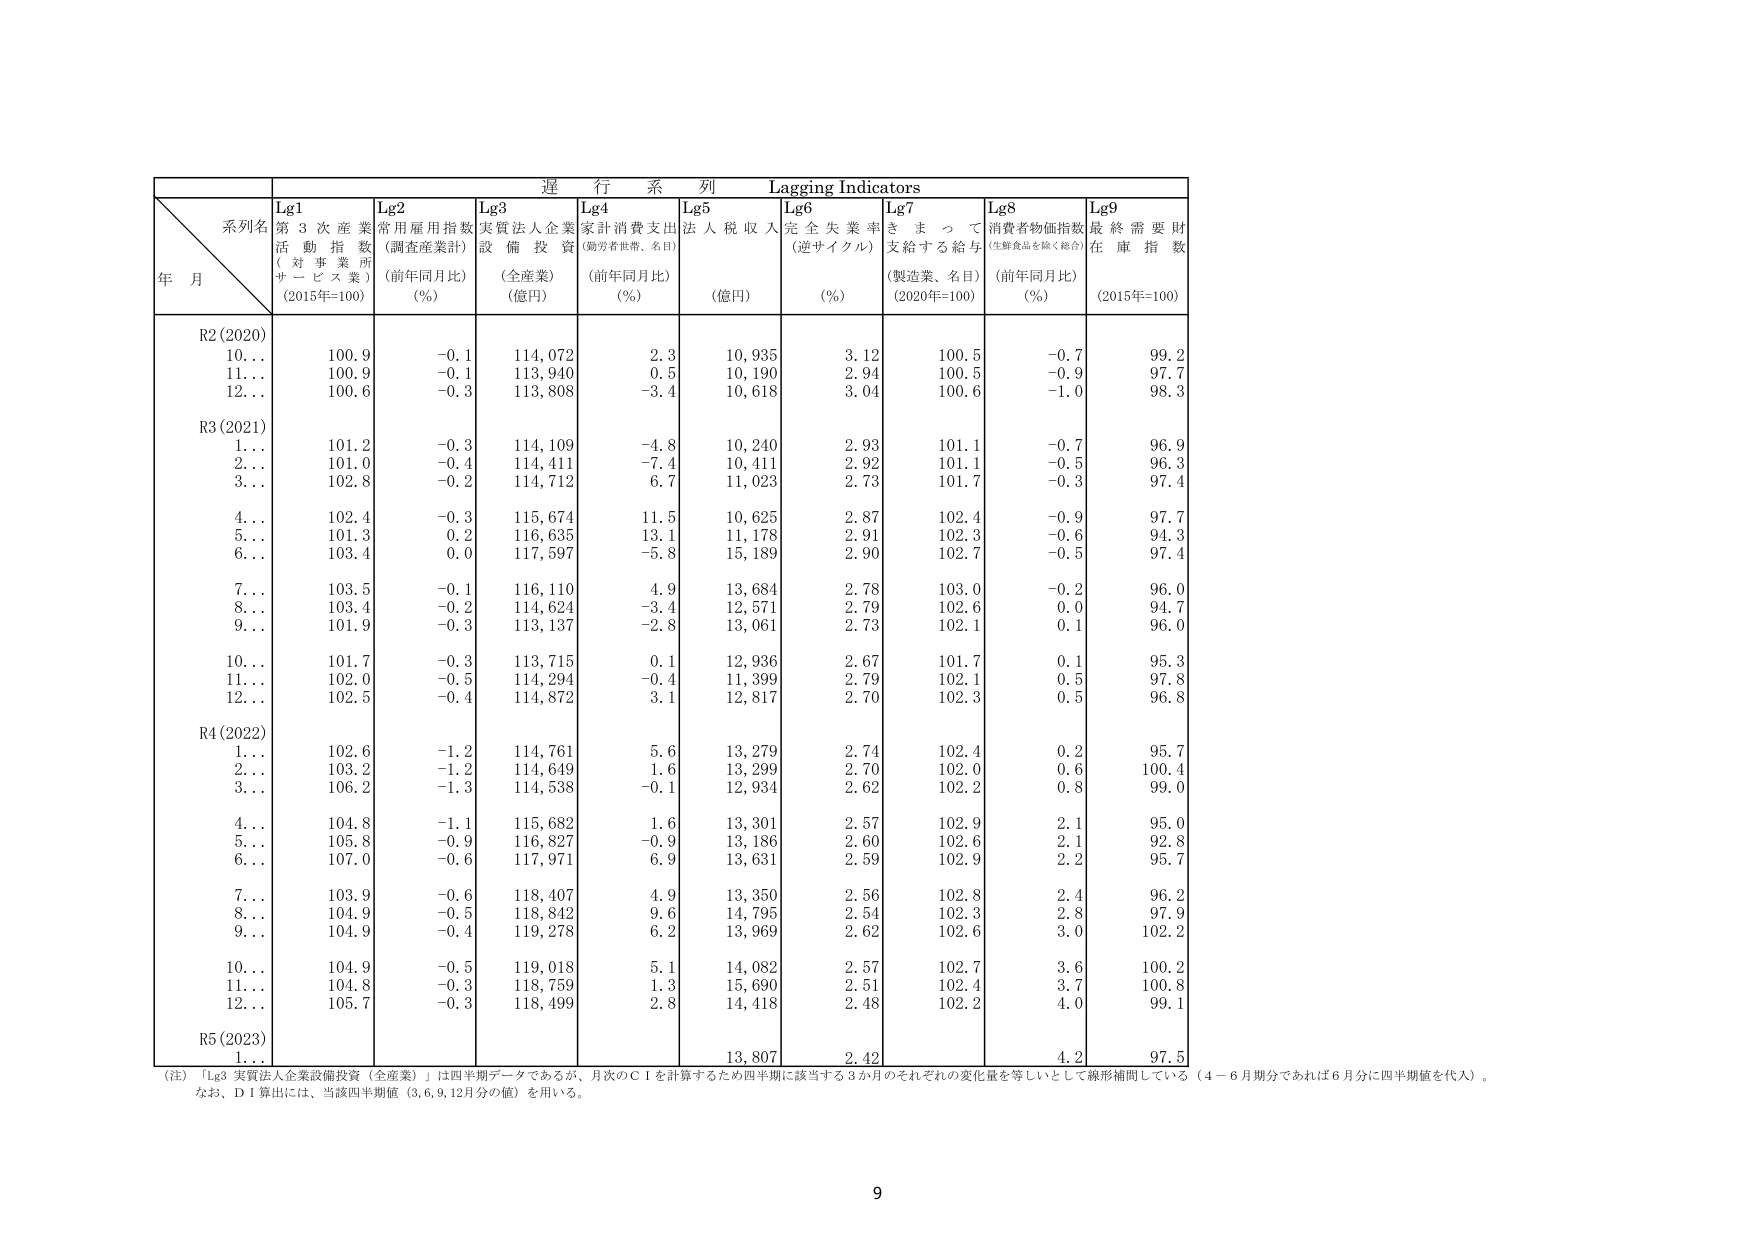
遅行系列 Lagging Indicators
系列名
年月
Lg1 第3次産業活動指数（対事業所サービス業）(2015年=100)
Lg2 常用雇用指数（調査産業計）（前年同月比）(%)
Lg3 実質法人企業設備投資（全産業）(億円)
Lg4 家計消費支出（勤労者世帯、名目）（前年同月比）(%)
Lg5 法人税収入(億円)
Lg6 完全失業率（逆サイクル）(%)
Lg7 きまって支給する給与（製造業、名目）(2020年=100)
Lg8 消費者物価指数（生鮮食品を除く総合）（前年同月比）(%)
Lg9 最終需要財在庫指数(2015年=100)

R2(2020)
10… 100.9 -0.1 114,072 2.3 10,935 3.12 100.5 -0.7 99.2
11… 100.9 -0.1 113,940 0.5 10,190 2.94 100.5 -0.9 97.7
12… 100.6 -0.3 113,808 -3.4 10,618 3.04 100.6 -1.0 98.3

R3(2021)
1… 101.2 -0.3 114,109 -4.8 10,240 2.93 101.1 -0.7 96.9
2… 101.0 -0.4 114,411 -7.4 10,411 2.92 101.1 -0.5 96.3
3… 102.8 -0.2 114,712 6.7 11,023 2.73 101.7 -0.3 97.4
4… 102.4 -0.3 115,674 11.5 10,625 2.87 102.4 -0.9 97.7
5… 101.3 0.2 116,635 13.1 11,178 2.91 102.3 -0.6 94.3
6… 103.4 0.0 117,597 -5.8 15,189 2.90 102.7 -0.5 97.4
7… 103.5 -0.1 116,110 4.9 13,684 2.78 103.0 -0.2 96.0
8… 103.4 -0.2 114,624 -3.4 12,571 2.79 102.6 0.0 94.7
9… 101.9 -0.3 113,137 -2.8 13,061 2.73 102.1 0.1 96.0
10… 101.7 -0.3 113,715 0.1 12,936 2.67 101.7 0.1 95.3
11… 102.0 -0.5 114,294 -0.4 11,399 2.79 102.1 0.5 97.8
12… 102.5 -0.4 114,872 3.1 12,817 2.70 102.3 0.5 96.8

R4(2022)
1… 102.6 -1.2 114,761 5.6 13,279 2.74 102.4 0.2 95.7
2… 103.2 -1.2 114,649 1.6 13,299 2.70 102.0 0.6 100.4
3… 106.2 -1.3 114,538 -0.1 12,934 2.62 102.2 0.8 99.0
4… 104.8 -1.1 115,682 1.6 13,301 2.57 102.9 2.1 95.0
5… 105.8 -0.9 116,827 -0.9 13,186 2.60 102.6 2.1 92.8
6… 107.0 -0.6 117,971 6.9 13,631 2.59 102.9 2.2 95.7
7… 103.9 -0.6 118,407 4.9 13,350 2.56 102.8 2.4 96.2
8… 104.9 -0.5 118,842 9.6 14,795 2.54 102.3 2.8 97.9
9… 104.9 -0.4 119,278 6.2 13,969 2.62 102.6 3.0 102.2
10… 104.9 -0.5 119,018 5.1 14,082 2.57 102.7 3.6 100.2
11… 104.8 -0.3 118,759 1.3 15,690 2.51 102.4 3.7 100.8
12… 105.7 -0.3 118,499 2.8 14,418 2.48 102.2 4.0 99.1

R5(2023)
1… 13,807 2.42 4.2 97.5

（注）「Lg3 実質法人企業設備投資（全産業）」は四半期データであるが、月次のＣＩを計算するため四半期に該当する3か月のそれぞれの変化量を等しいとして線形補間している（4－6月期分であれば6月分に四半期値を代入）。なお、ＤＩ算出には、当該四半期値（3,6,9,12月分の値）を用いる。

9